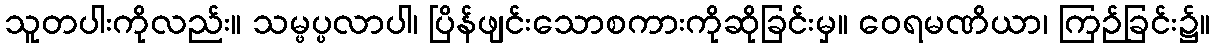
သူတပါးကိုလည်း။ သမ္ဖပ္ပလာပါ၊ ပြိန်ဖျင်းသောစကားကိုဆိုခြင်းမှ။ ဝေရမဏိယာ၊ ကြဉ်ခြင်း၌။